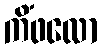
ကိံဖလော